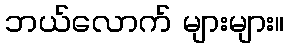
ဘယ်လောက် များများ။